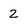
Character: 2